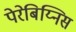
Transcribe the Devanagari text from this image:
पेरेबिय्निस